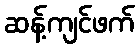
ဆန့်ကျင်ဖက်